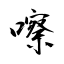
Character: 嚓